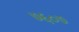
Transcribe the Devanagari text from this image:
७६०७